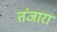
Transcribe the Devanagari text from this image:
तंजारा